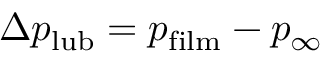
\Delta p _ { \mathrm { l u b } } = p _ { \mathrm { f i l m } } - p _ { \infty }